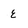
Character: e